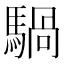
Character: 騧